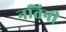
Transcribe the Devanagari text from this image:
नतिनी